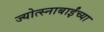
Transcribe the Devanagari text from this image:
ज्योत्स्नाबाईंच्या